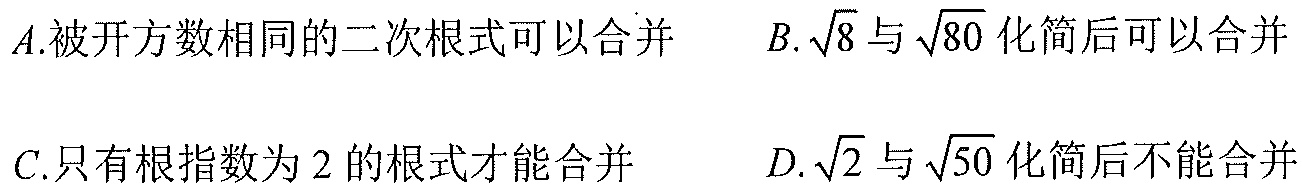
\(A.\)被开方数相同的二次根式可以合并  \(B.\sqrt{8}\)与\(\sqrt{80}\)化简后可以合并
\(C.\)只有根指数为\(2\)的根式才能合并  \(D.\sqrt{2}\)与\(\sqrt{50}\)化简后不能合并